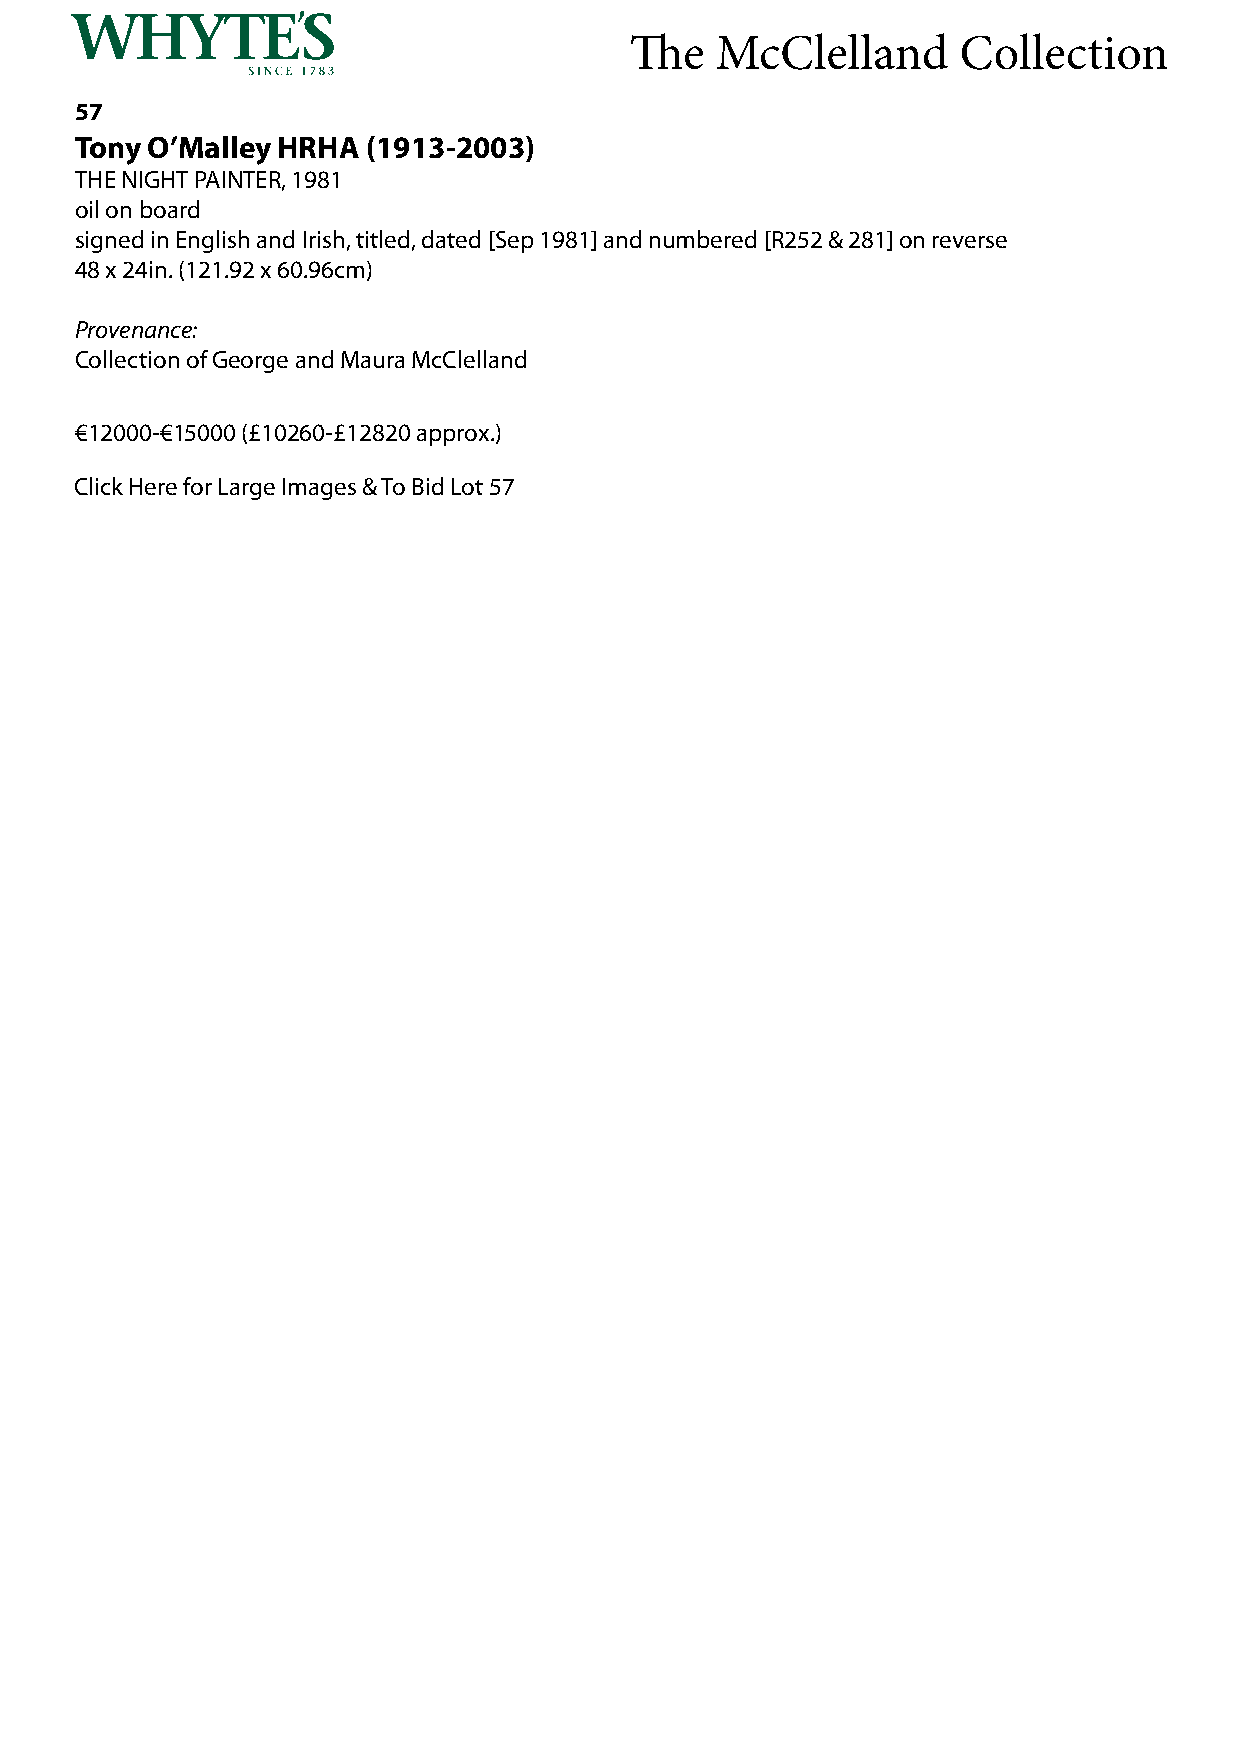
The  McClelland      Collection
 57
 Tony O’Malley HRHA (1913-2003)
 THE NIGHT PAINTER, 1981
 oil on board
 signed in English and Irish, titled, dated [Sep 1981] and numbered [R252 & 281] on reverse
 48 x 24in. (121.92 x 60.96cm)
 Provenance:
 Collection of George and Maura McClelland
 €12000-€15000 (£10260-£12820 approx.)
 Click Here for Large Images & To Bid Lot 57